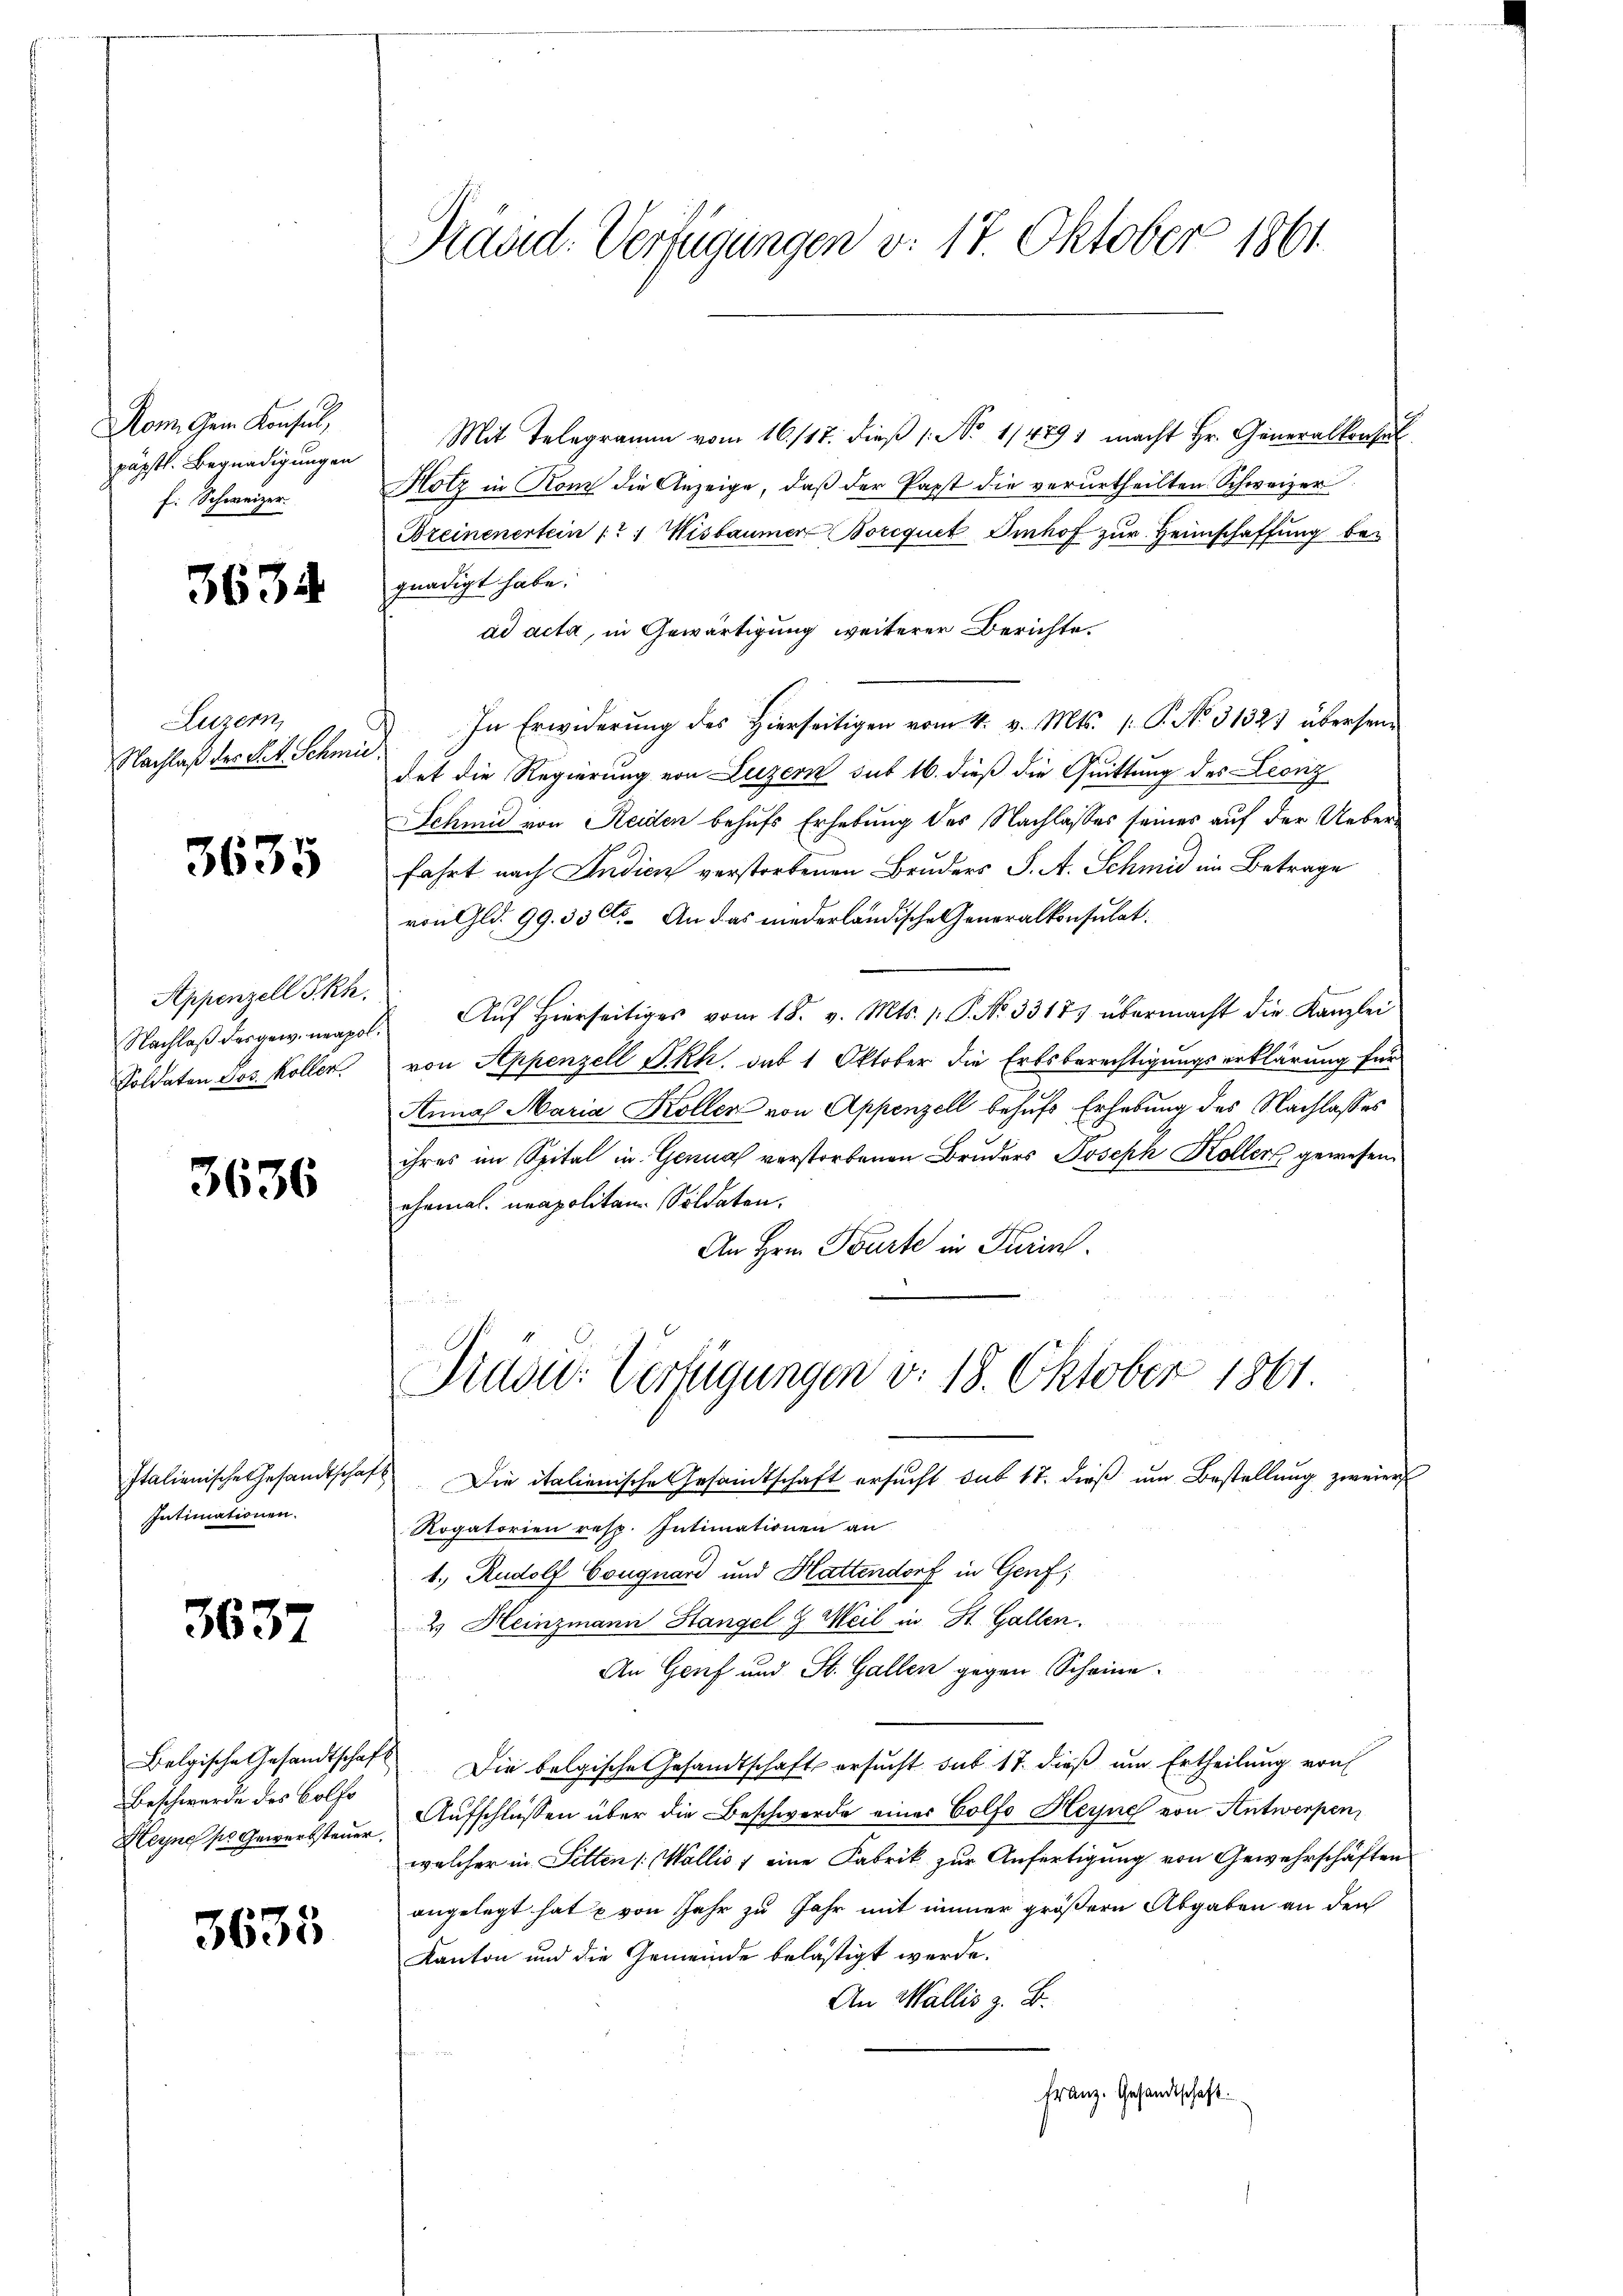
Nom Gem. Konsul,
päpstl. Begnadigungen
f. Schweizer.

3634

Luzern,
Nachlaß der Pet. Schmi

3635

Appenzell I.Rh.
Nachlaß der gew. neapo
Soldaten Jos. Kollen

3636

Italienische Gesandtscha
Intimationen.

3637

Belgische Gesandtschaf
Beschwerde des Colfe
Heyne so Gewerbsteuer

3635

Präsid. Verfügungen v. 17. Oktober 1861.

Mit Telegramm vom 16./17. dieß (No 11489 1 macht Hr. Generalkonsul
Hotz in Rom die Anzeige, daß der Papst die verurtheilten Schweizer
Bzeinenertein /: Wisbaumer Borequet Einhof zur Heimschaffung begnädigt habe.
ad acta, in Gewärtigung weiterer Berichte.
In Erwiderung des Hierseitigen vom 4. v. Mts. : P. No. 3132) übersei
det die Regierung von Luzern sut 16. dieß die Quittung des Leonz
Schmid von Reiden behufs Erhebung des Nachlasses seines auf der Ueberfahrt nach Indien verstorbenen Bruders J. A. Schmid im Betrage
von Gld. 99. 35 Cts. An das niederländische Generalkonsulat.
Aŭf Hierseitiges vom 18. v. Mts. 1. P. Nr. 33177 übermacht die Kanzlei
von Appenzell Skh. das 1 Oktober die Erbsberechtigungserklärung für
Anna Maria Koller von Appenzell behufs Erhebung des Nachlasses
ihres im Spital in Genua verstorbenen Bruders Joseph Koller gewesen.
ehemal. neapolitan. Soldaten.
An Hrn. Tourte in Turins
Pradu: Verfügungen v. 18. Oktober 1861
Die italienische Gesandtschaft ersucht sub 17. dieß um Bestellung zweiers
Rogatorien resp. Intimationen an
1.) Rudolf Couguard und Hattendorf in Genf;
2.) Heinzmann Hangel & Weil in St. Gallen.
An Genf und St. Gallen gegen Scheine
Die belgische Gesandtschaft ersucht sub 17. dieß um Ertheilung von
Aufschlüssen über die Beschwerde eines Colfo Heyne von Antwerpen,
welcher in Sitten (Wallis, eine Fabrik zur Anfertigung von Gewehrschäften
angelegt hat u von Jahr zu Jahr mit immer größern Abgaben an den
Kanton und die Gemeinde belästigt werde.
An Wallis z. B.
Franz. Gesandtschaft.